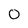
Character: 0